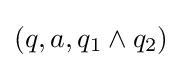
(q,a,q_{1}\wedge q_{2})